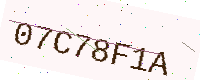
Text: 07C78F1A